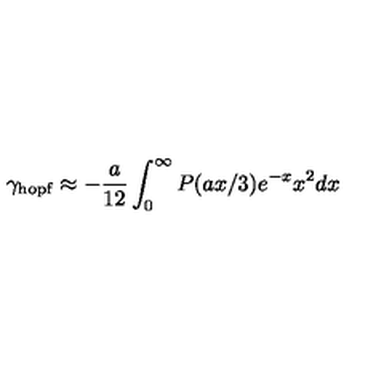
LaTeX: \gamma _ { \mathrm { h o p f } } \approx - \frac { a } { 1 2 } \int _ { 0 } ^ { \infty } P ( a x / 3 ) e ^ { - x } x ^ { 2 } d x